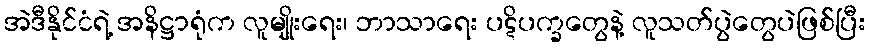
အဲဒီနိုင်ငံရဲ့ အနိဋ္ဌာရုံက လူမျိုးရေး၊ ဘာသာရေး ပဋိပက္ခတွေနဲ့ လူသတ်ပွဲတွေပဲဖြစ်ပြီး